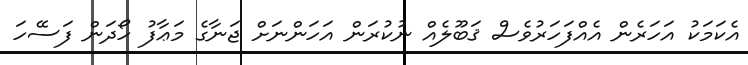
އެކަމަކު އަހަރެން އެއްފަހަރުވެސް ޤަބޫލެއް ނުކުރަން އަހަންނަށް ޖަނާގެ މަޢާފު ހޯދަން ފަސޭހަ